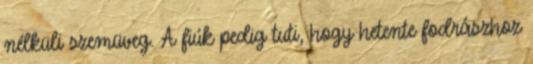
nélküli szemüveg. A fiúk pedig tuti, hogy hetente fodrászhoz